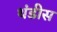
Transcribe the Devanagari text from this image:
थंडीस